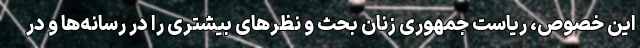
این خصوص، ریاست جمهوری زنان بحث و نظرهای بیشتری را در رسانه‌ها و در